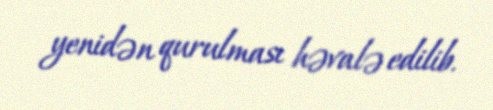
yenidən qurulması həvalə edilib.